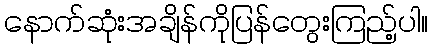
နောက်ဆုံးအချိန်ကိုပြန်တွေးကြည့်ပါ။